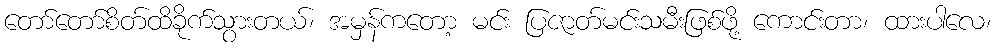
တော်တော်စိတ်ထိခိုက်သွားတယ်၊ အမှန်ကတော့ မင်း ပြဇာတ်မင်းသမီးဖြစ်ဖို့ ကောင်းတာ၊ ထားပါလေ၊